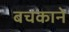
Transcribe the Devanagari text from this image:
बचकाने